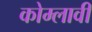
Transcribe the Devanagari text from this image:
कोम्लावी